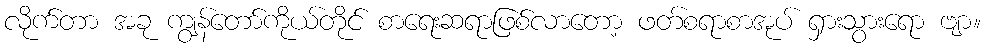
လိုက်တာ အခု ကျွန်တော်ကိုယ်တိုင် စာရေးဆရာဖြစ်လာတော့ ဖတ်စရာစာအုပ် ရှားသွားရော ဗျာ။